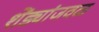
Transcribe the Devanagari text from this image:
शेंड्यांजवळ